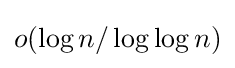
o(\log {n}/\log \log {n})